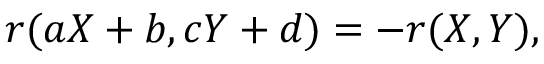
r ( a X + b , c Y + d ) = - r ( X , Y ) ,